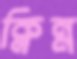
ক্লিন্ন